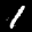
Label: 1